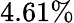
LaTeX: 4.61\%